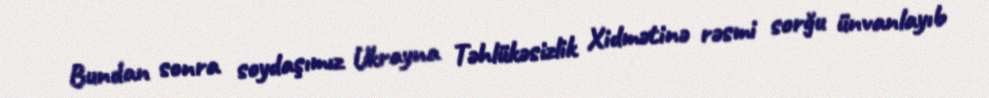
Bundan sonra soydaşımız Ukrayna Təhlükəsizlik Xidmətinə rəsmi sorğu ünvanlayıb